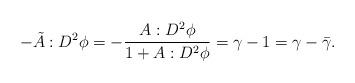
LaTeX: \begin{align*}-\tilde{A}:D^2 \phi = -\frac{A :D^2 \phi}{1+A:D^2\phi} = \gamma - 1 = \gamma - \bar{\gamma}.\end{align*}